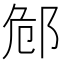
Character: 䣀